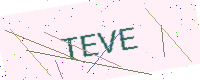
Text: TEVE